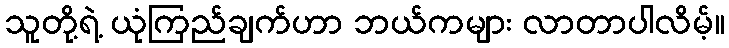
သူတို့ရဲ့ ယုံကြည်ချက်ဟာ ဘယ်ကများ လာတာပါလိမ့်။